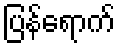
ပြန်ရောက်